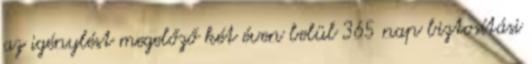
az igénylést megelőző két éven belül 365 nap biztosítási